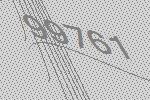
99761